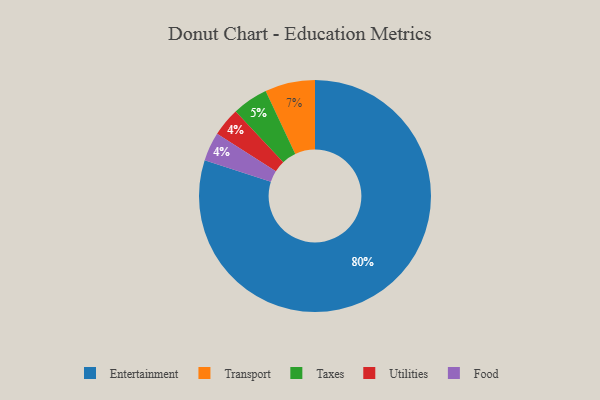
{"axis": {"x": "Category", "y": "Percentage"}, "legend": ["Entertainment", "Food", "Taxes", "Transport", "Utilities"], "data": [{"x": "Transport", "y": 7, "type": "Transport"}, {"x": "Taxes", "y": 5, "type": "Taxes"}, {"x": "Utilities", "y": 4, "type": "Utilities"}, {"x": "Entertainment", "y": 80, "type": "Entertainment"}, {"x": "Food", "y": 4, "type": "Food"}]}